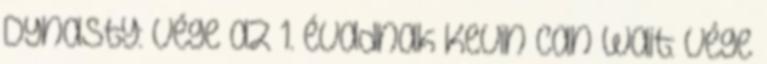
Dynasty: vége az 1. évadnak Kevin Can Wait: vége